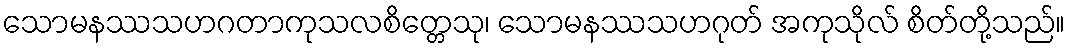
သောမနဿသဟဂတာကုသလစိတ္တေသု၊ သောမနဿသဟဂုတ် အကုသိုလ် စိတ်တို့သည်။